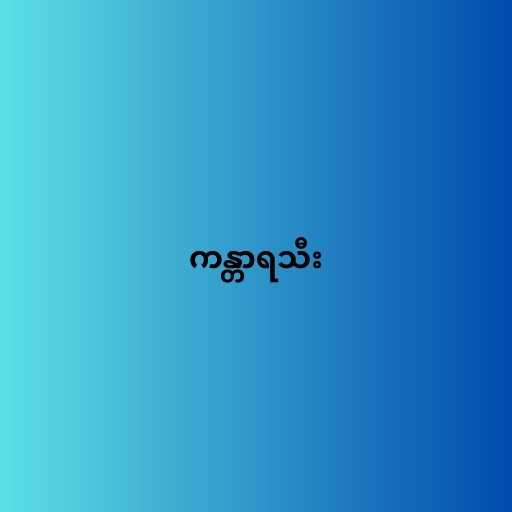
ကန္တာရသီး